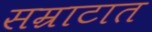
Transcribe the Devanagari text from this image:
सम्राटात